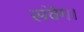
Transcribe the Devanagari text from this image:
संवेग।